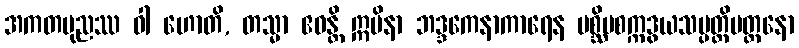
အကတပုညဿ ဝါ ဟောတိ, တသ္မာ ဧဝန္တိ ဣမိနာ ဘဒ္ဒကေနာကာရေန ပစ္ဆိမစက္ကဒွယသမ္ပတ္တိမတ္တနော